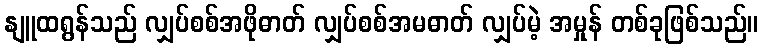
နျူထရွန်သည် လျှပ်စစ်အဖိုဓာတ် လျှပ်စစ်အမဓာတ် လျှပ်မဲ့ အမှုန် တစ်ခုဖြစ်သည်။